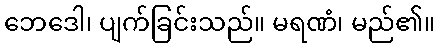
ဘေဒေါ၊ ပျက်ခြင်းသည်။ မရဏံ၊ မည်၏။